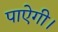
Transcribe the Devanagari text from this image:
पाऐगी।